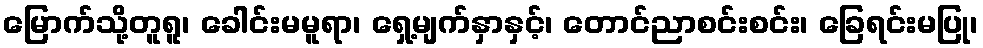
မြောက်သို့တူရူ၊ ခေါင်းမမူရာ၊ ရှေ့မျက်နှာနှင့်၊ တောင်ညာစင်းစင်း၊ ခြေရင်းမပြု၊